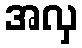
အလှ